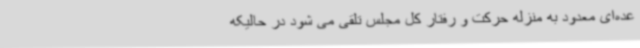
عده‌ای معدود به منزله حرکت و رفتار کل مجلس تلقی می شود در حالیکه